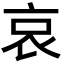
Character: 哀